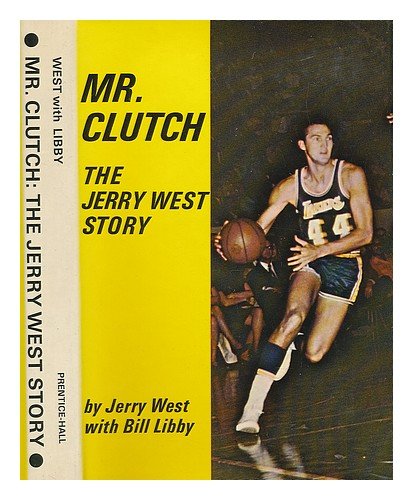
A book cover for Mr. Clutch: The Jerry West story; Jerry West; Travel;